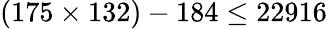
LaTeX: (175\times 132)-184\leq 22916